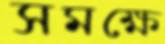
সমক্ষে